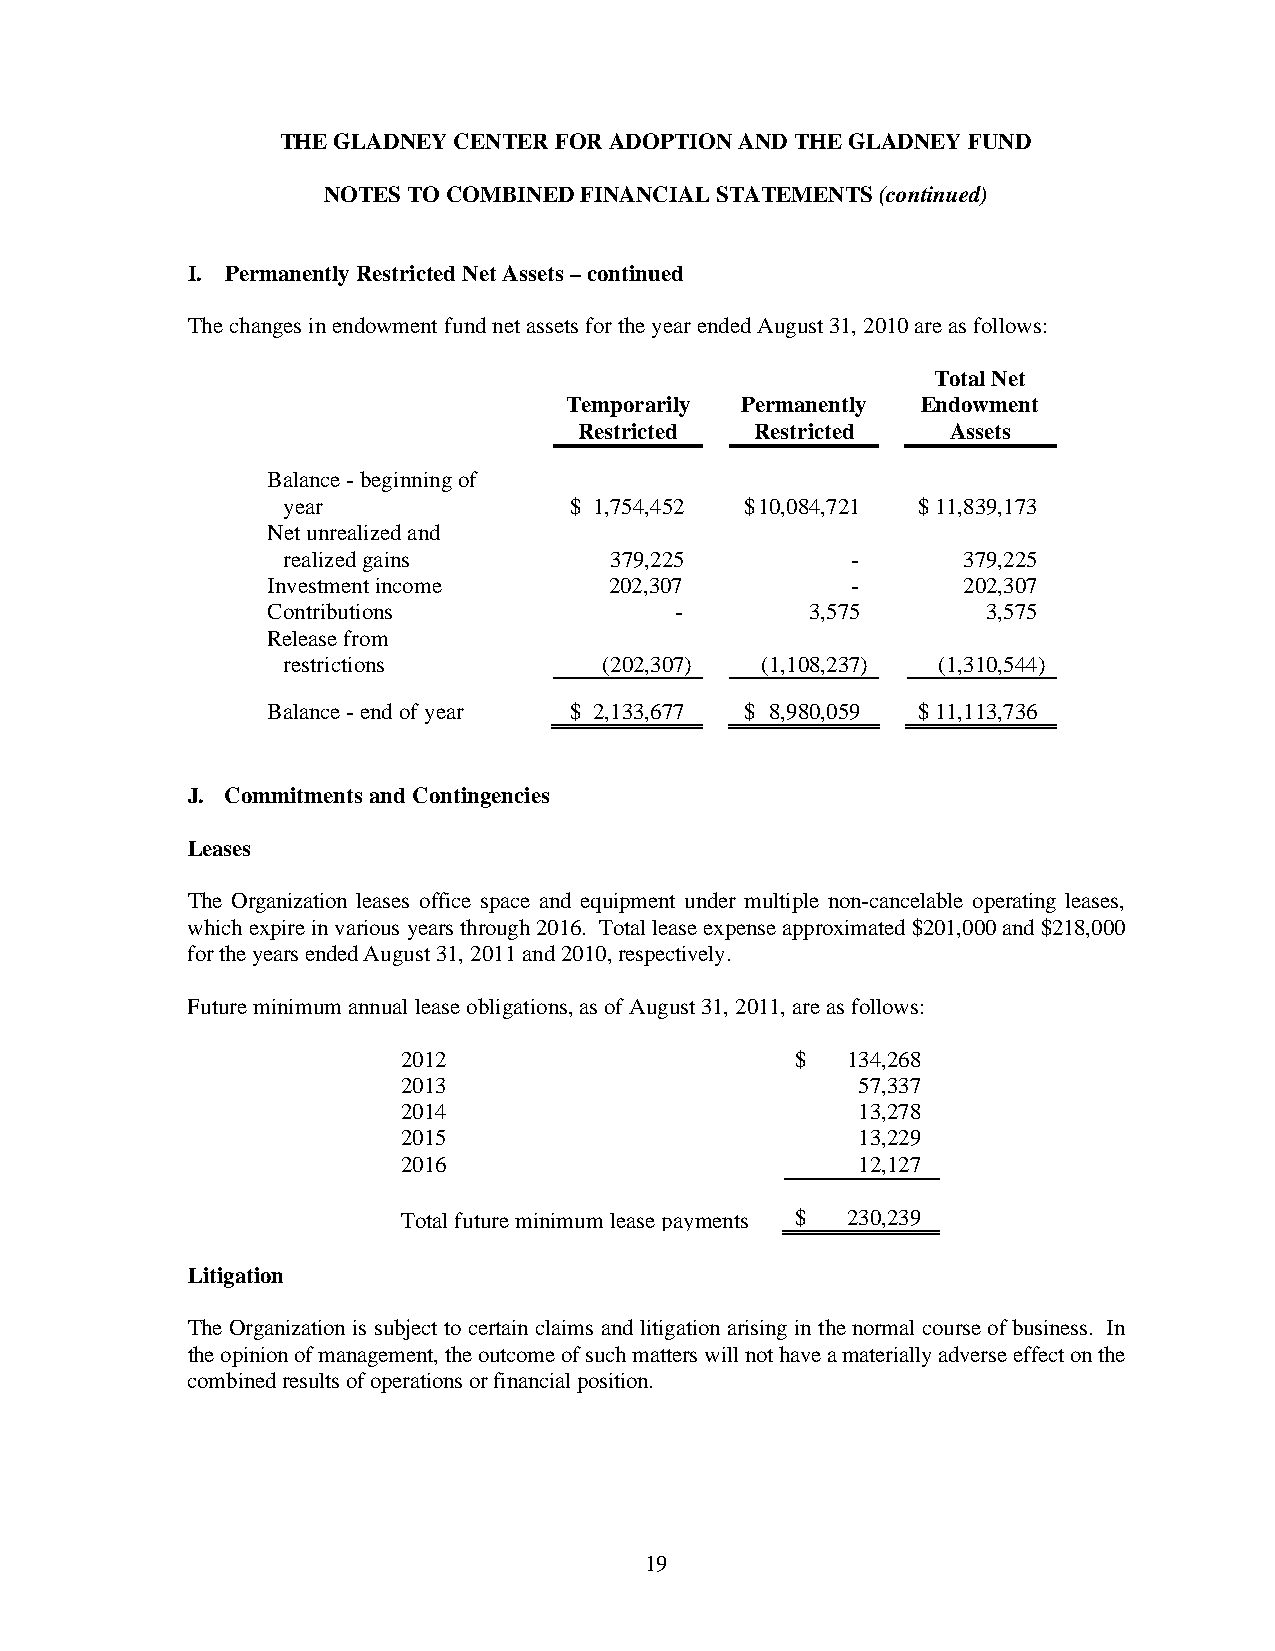
THE GLADNEY CENTER FOR ADOPTION AND THE GLADNEY FUND
 NOTES TO COMBINED FINANCIAL STATEMENTS (continued)
 I. Permanently Restricted Net Assets – continued
 The changes in endowment fund net assets for the year ended August 31, 2010 are as follows:
 Total Net
 Temporarily Permanently Endowment
 Restricted  Restricted   Assets
 Balance - beginning of
 year               $ 1,754,452 $10,084,721 $ 11,839,173
 Net unrealized and
 realized gains       379,225         -       379,225
 Investment income     202,307         -       202,307
 Contributions              -        3,575      3,575
 Release from
 restrictions         (202,307) (1,108,237) (1,310,544)
 Balance - end of year $ 2,133,677 $ 8,980,059 $ 11,113,736
 J. Commitments and Contingencies
 Leases
 The Organization leases office space and equipment under multiple non-cancelable operating leases,
 which expire in various years through 2016. Total lease expense approximated $201,000 and $218,000
 for the years ended August 31, 2011 and 2010, respectively.
 Future minimum annual lease obligations, as of August 31, 2011, are as follows:
 2012                      $  134,268
 2013                          57,337
 2014                          13,278
 2015                          13,229
 2016                          12,127
 Total future minimum lease payments $ 230,239
 Litigation
 The Organization is subject to certain claims and litigation arising in the normal course of business. In
 the opinion of management, the outcome of such matters will not have a materially adverse effect on the
 combined results of operations or financial position.
 19